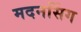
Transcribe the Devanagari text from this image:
मदनसिंग